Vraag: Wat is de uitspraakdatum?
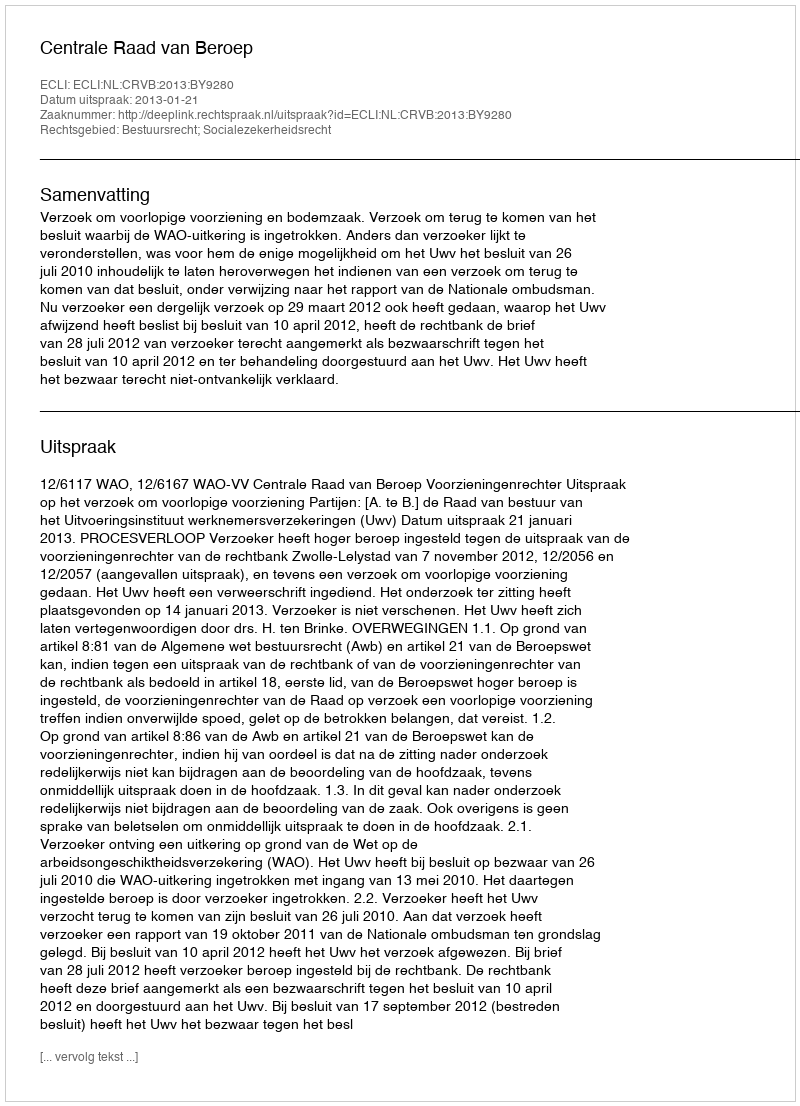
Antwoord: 2013-01-21